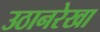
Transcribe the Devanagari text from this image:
उठानरेखा